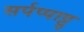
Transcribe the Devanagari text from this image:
सर्पप्पाट्टु